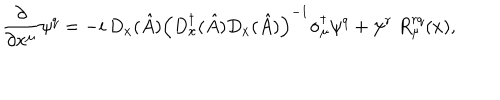
\frac { \partial } { \partial x ^ { \mu } } \psi ^ { q } = - i \, D _ { x } ( \hat { A } ) \left( D _ { x } ^ { \dagger } ( \hat { A } ) D _ { x } ( \hat { A } ) \right) ^ { - 1 } \sigma _ { \mu } ^ { \dagger } \psi ^ { q } + \psi ^ { r } ~ R _ { \mu } ^ { r q } ( x ) ,